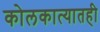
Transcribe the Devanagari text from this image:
कोलकात्यातही